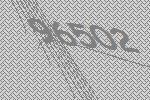
96502